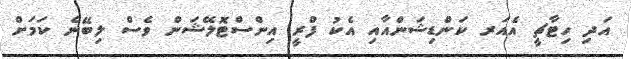
އަދި ހިޓާޗީ އެއަރ ކަންޑިޝަންއާއި އެކު ފްރީ އިންސްޓޮލޭޝަން ވެސް ލިބޭނެ ކަމަށް